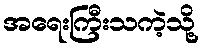
အရေးကြီးသကဲ့သို့